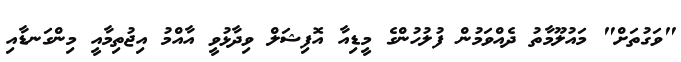
"ވަގުތަށް" މައުލޫމާތު ދެއްވަމުން ފުލުހުންގެ މީޑިއާ އޮފިޝަލް ވިދާޅުވީ އާއްމު އިޖުތިމާއީ މިންގަނޑާއި